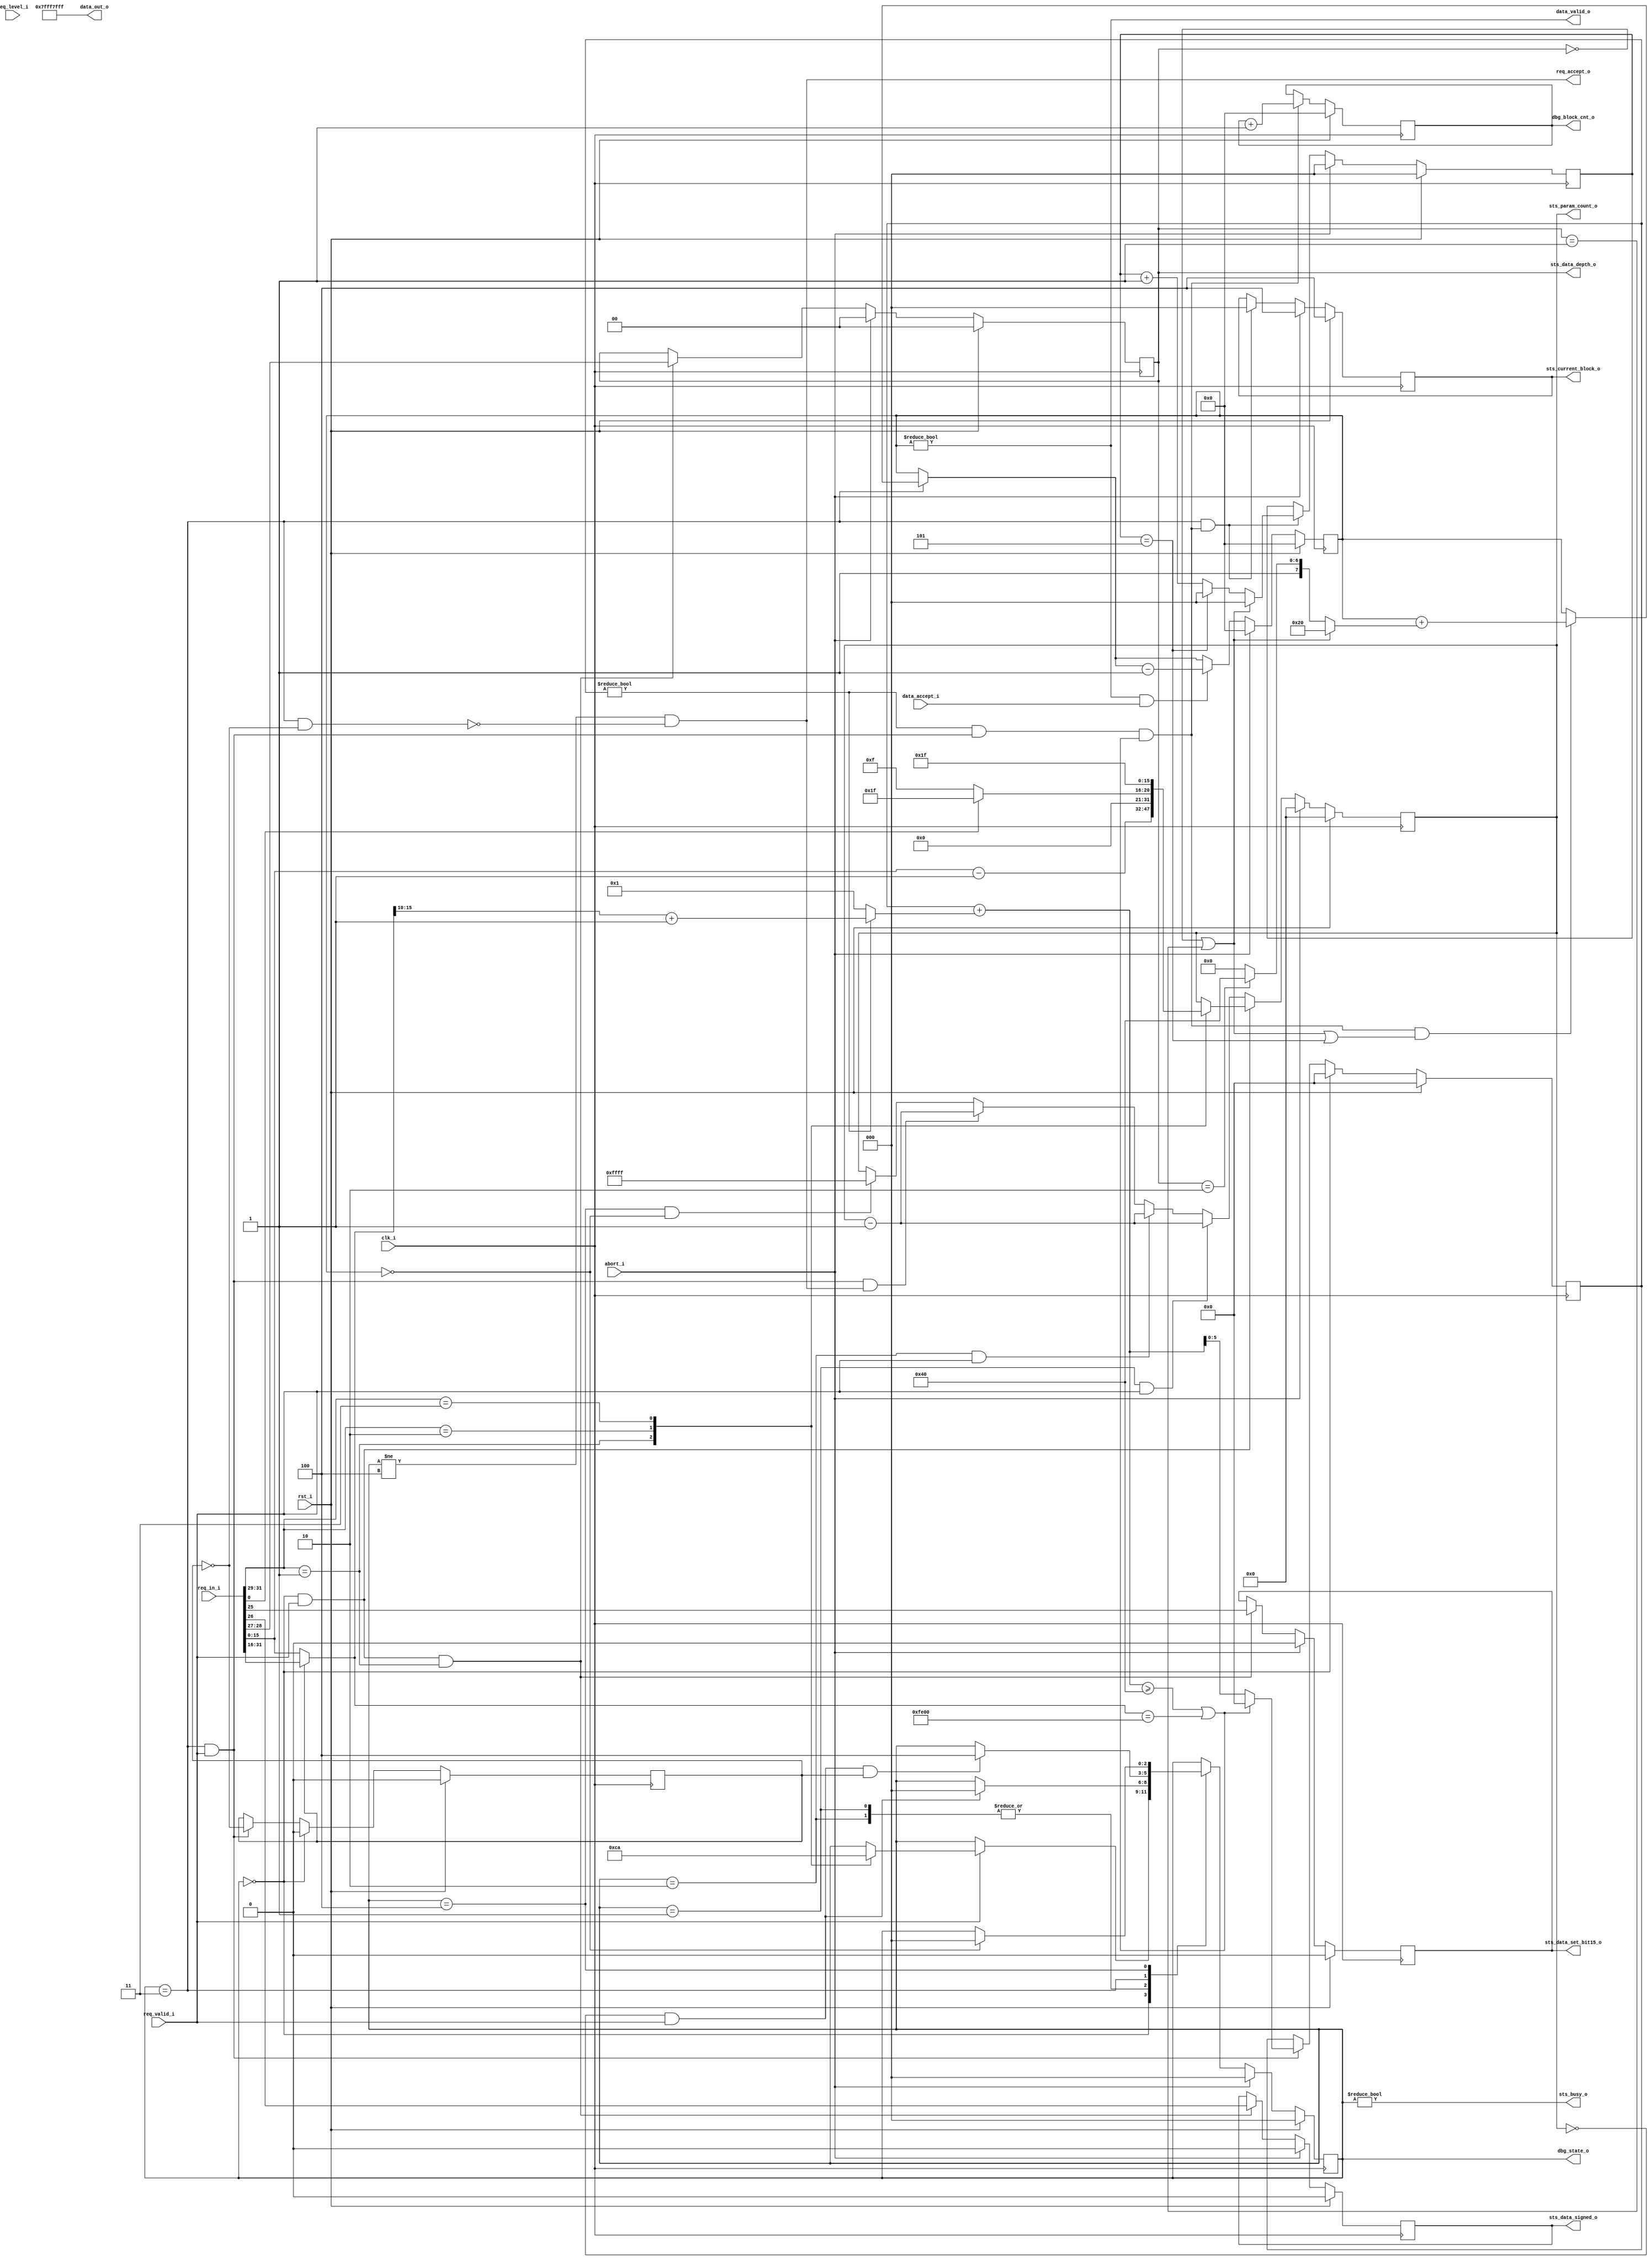
//-----------------------------------------------------------------
// Copyright (c) 2021, admin@ultra-embedded.com
// All rights reserved.
// 
// Redistribution and use in source and binary forms, with or without
// modification, are permitted provided that the following conditions 
// are met:
//   - Redistributions of source code must retain the above copyright
//     notice, this list of conditions and the following disclaimer.
//   - Redistributions in binary form must reproduce the above copyright
//     notice, this list of conditions and the following disclaimer 
//     in the documentation and/or other materials provided with the 
//     distribution.
//   - Neither the name of the author nor the names of its contributors 
//     may be used to endorse or promote products derived from this 
//     software without specific prior written permission.
// 
// THIS SOFTWARE IS PROVIDED BY THE COPYRIGHT HOLDERS AND CONTRIBUTORS 
// "AS IS" AND ANY EXPRESS OR IMPLIED WARRANTIES, INCLUDING, BUT NOT 
// LIMITED TO, THE IMPLIED WARRANTIES OF MERCHANTABILITY AND FITNESS FOR 
// A PARTICULAR PURPOSE ARE DISCLAIMED. IN NO EVENT SHALL THE AUTHOR BE 
// LIABLE FOR ANY DIRECT, INDIRECT, INCIDENTAL, SPECIAL, EXEMPLARY, OR 
// CONSEQUENTIAL DAMAGES (INCLUDING, BUT NOT LIMITED TO, PROCUREMENT OF 
// SUBSTITUTE GOODS OR SERVICES; LOSS OF USE, DATA, OR PROFITS; OR 
// BUSINESS INTERRUPTION) HOWEVER CAUSED AND ON ANY THEORY OF 
// LIABILITY, WHETHER IN CONTRACT, STRICT LIABILITY, OR TORT
// (INCLUDING NEGLIGENCE OR OTHERWISE) ARISING IN ANY WAY OUT OF 
// THE USE OF THIS SOFTWARE, EVEN IF ADVISED OF THE POSSIBILITY OF 
// SUCH DAMAGE.
//-----------------------------------------------------------------
module mdec_core
(
     input               clk_i
    ,input               rst_i

    // Abort request
    ,input               abort_i

    // Command / Param input
    ,input               req_valid_i
    ,input [31:0]        req_in_i
    ,output              req_accept_o
    ,input [5:0]         req_level_i

    // Decoded data output
    ,output              data_valid_o
    ,output [31:0]       data_out_o
    ,input               data_accept_i

    // Status
    ,output [15:0]       sts_param_count_o
    ,output [2:0]        sts_current_block_o
    ,output              sts_data_set_bit15_o
    ,output              sts_data_signed_o
    ,output [1:0]        sts_data_depth_o
    ,output              sts_busy_o

    // Debug
    ,output [2:0]        dbg_state_o
    ,output [31:0]       dbg_block_cnt_o
);

localparam CMD_NONE          = 3'd0;
localparam CMD_DECODE        = 3'd1;
localparam CMD_SET_DQT       = 3'd2;
localparam CMD_SET_IDCT      = 3'd3;

localparam MODE_4BIT         = 2'd0;
localparam MODE_8BIT         = 2'd1;
localparam MODE_24BIT        = 2'd2;
localparam MODE_15BIT        = 2'd3;

localparam STATE_W           = 3;
localparam STATE_IDLE        = 3'd0;
localparam STATE_SET_DQT     = 3'd1;
localparam STATE_SET_IDCT    = 3'd2;
localparam STATE_DECODE      = 3'd3;
localparam STATE_DRAIN       = 3'd4;

reg [STATE_W-1:0] state_q;
reg [31:0]        output_count_q;

//-----------------------------------------------------------------
// Decode mode
//-----------------------------------------------------------------
reg [1:0] mode_depth_q;

always @ (posedge clk_i )
if (rst_i)
    mode_depth_q <= 2'b0;
else if (abort_i)
    mode_depth_q <= 2'b0;
else if (state_q == STATE_IDLE && req_valid_i && req_in_i[31:29] == CMD_DECODE)
    mode_depth_q <= req_in_i[28:27];

reg mode_signed_q;

always @ (posedge clk_i )
if (rst_i)
    mode_signed_q <= 1'b0;
else if (abort_i)
    mode_signed_q <= 1'b0;
else if (state_q == STATE_IDLE && req_valid_i && req_in_i[31:29] == CMD_DECODE)
    mode_signed_q <= req_in_i[26];

reg mode_bit15_q;

always @ (posedge clk_i )
if (rst_i)
    mode_bit15_q <= 1'b0;
else if (abort_i)
    mode_bit15_q <= 1'b0;
else if (state_q == STATE_IDLE && req_valid_i && req_in_i[31:29] == CMD_DECODE)
    mode_bit15_q <= req_in_i[25];

assign sts_data_depth_o     = mode_depth_q;
assign sts_data_signed_o    = mode_signed_q;
assign sts_data_set_bit15_o = mode_bit15_q;

//-----------------------------------------------------------------
// Param counter
//-----------------------------------------------------------------
reg [15:0] param_count_q;

always @ (posedge clk_i )
if (rst_i)
    param_count_q <= 16'b0;
else if (abort_i)
begin
`ifdef verilator
    if (state_q != STATE_IDLE)
        $display("MDEC: Aborted transfer");
`endif
    param_count_q <= 16'b0;
end
else if (state_q == STATE_IDLE && req_valid_i)
begin
    case (req_in_i[31:29])
    CMD_DECODE:
    begin
`ifdef verilator
        $display("MDEC: Decode start 0x%x", req_in_i[15:0]);
`endif
        param_count_q <= req_in_i[15:0] - 16'd1;
    end
    CMD_SET_DQT:
    begin
`ifdef verilator
        $display("MDEC: Set DQT");
`endif
        // Mono
        if (!req_in_i[0])
            param_count_q <= 16'd15; // 64 / 4
        // Colour
        else
            param_count_q <= 16'd31; // 128 / 4
    end
    CMD_SET_IDCT:
    begin
`ifdef verilator
        $display("MDEC: Set IDCT");
`endif
        param_count_q <= 16'd31; // 64 / 2
    end
    default:
        ;
    endcase
end
else if (state_q == STATE_SET_DQT && req_valid_i)
    param_count_q <= param_count_q - 16'd1;
else if (state_q == STATE_SET_IDCT && req_valid_i)
    param_count_q <= param_count_q - 16'd1;
else if (state_q == STATE_DECODE && req_valid_i && req_accept_o)
    param_count_q <= param_count_q - 16'd1;
else if (state_q == STATE_DRAIN && output_count_q == 32'd0)
begin
    param_count_q <= 16'hFFFF;
`ifdef verilator
    $display("MDEC: Transfer completed");
`endif
end

//-----------------------------------------------------------------
// Unroll
//-----------------------------------------------------------------
reg half_sel_q;

always @ (posedge clk_i )
if (rst_i)
    half_sel_q <= 1'b0;
else if (state_q == STATE_IDLE)
    half_sel_q <= 1'b0;
else if ((state_q == STATE_DECODE) && req_valid_i)
    half_sel_q <= ~half_sel_q;

wire        data_valid_w = (state_q == STATE_DECODE) && req_valid_i;
wire [15:0] data_in_w    = half_sel_q ? req_in_i[31:16] : req_in_i[15:0];

//-----------------------------------------------------------------
// RLE decoder
//-----------------------------------------------------------------
reg [5:0]  entries_q;
wire       is_ac_w        = (entries_q != 6'd0);
wire [6:0] inc_len_w      = is_ac_w ? ({1'b0, data_in_w[15:10]} + 7'd1) : 7'd1;
wire [6:0] entries_next_w = {1'b0, entries_q} + inc_len_w;

always @ (posedge clk_i )
if (rst_i)
    entries_q <= 6'b0;
else if (state_q == STATE_IDLE)
    entries_q <= 6'b0;
else if (data_valid_w)
begin
    if (entries_next_w >= 7'd64 || data_in_w == 16'hFE00)
        entries_q <= 6'b0;
    else
        entries_q <= entries_next_w[5:0];
end

wire eob_detect_w = (entries_q != 6'b0) && data_valid_w && (entries_next_w >= 7'd64 || data_in_w == 16'hFE00);

reg [2:0]  block_idx_q;
reg [31:0] output_count_r;

wire [31:0] output_size_w = (mode_depth_q == MODE_4BIT || mode_depth_q == MODE_8BIT) ? 32'd32 :
                            (mode_depth_q == MODE_24BIT) ? 32'd192 : 32'd128; // div 4 for words

wire last_subblock_w = (mode_depth_q == MODE_4BIT || mode_depth_q == MODE_8BIT || block_idx_q == 3'd5);

always @ *
begin
    output_count_r = output_count_q;

    if (state_q == STATE_DECODE)
    begin
        if (eob_detect_w && last_subblock_w)
            output_count_r = output_count_r + output_size_w;
    end
    
    if (data_valid_o && data_accept_i)
        output_count_r = output_count_r - 32'd1;
end

always @ (posedge clk_i )
if (rst_i)
    output_count_q <= 32'b0;
else if (abort_i)
    output_count_q <= 32'b0;
else
    output_count_q <= output_count_r;

reg [31:0] dbg_block_count_q;

always @ (posedge clk_i )
if (rst_i)
    dbg_block_count_q <= 32'b0;
else if (eob_detect_w)
    dbg_block_count_q <= dbg_block_count_q + 32'd1;

assign dbg_block_cnt_o = dbg_block_count_q;

//-----------------------------------------------------------------
// State machine
//-----------------------------------------------------------------
reg [STATE_W-1:0] next_state_r;

always @ *
begin
    next_state_r = state_q;

    case (state_q)
    STATE_IDLE:
    begin
        if (req_valid_i)
        begin
            case (req_in_i[31:29])
            CMD_DECODE:   next_state_r = STATE_DECODE;
            CMD_SET_DQT:  next_state_r = STATE_SET_DQT;
            CMD_SET_IDCT: next_state_r = STATE_SET_IDCT;
            default:
                ;
            endcase
        end
    end
    STATE_SET_DQT, STATE_SET_IDCT:
    begin
        if (param_count_q == 16'd0 && req_valid_i)
            next_state_r = STATE_IDLE;
    end
    STATE_DECODE:
    begin
        if (param_count_q == 16'd0 && req_valid_i && half_sel_q)
            next_state_r = STATE_DRAIN;
    end
    STATE_DRAIN:
    begin
        if (output_count_q == 32'd0)
            next_state_r = STATE_IDLE;
    end
    default:
       ;
    endcase

    // Abort request
    if (abort_i)
        next_state_r = STATE_IDLE;
end

// Update state
always @ (posedge clk_i )
if (rst_i)
    state_q <= STATE_IDLE;
else
    state_q <= next_state_r;

assign dbg_state_o = state_q;

//-----------------------------------------------------------------
// Block Index
//-----------------------------------------------------------------
always @ (posedge clk_i )
if (rst_i)
    block_idx_q <= 3'b0;
else if (abort_i)
    block_idx_q <= 3'b0;
else if (state_q == STATE_DECODE && eob_detect_w)
begin
    if (mode_depth_q == MODE_4BIT || mode_depth_q == MODE_8BIT)
        block_idx_q <= 3'b0;
    else if (block_idx_q == 3'd5)
        block_idx_q <= 3'b0;
    else
        block_idx_q <= block_idx_q + 3'd1;
end

//-----------------------------------------------------------------
// Current block
//-----------------------------------------------------------------
reg [2:0] current_block_q;

always @ (posedge clk_i )
if (rst_i)
    current_block_q <= 3'd4;
else if (abort_i)
    current_block_q <= 3'd4;
else if (state_q == STATE_DECODE && eob_detect_w)
    current_block_q <= 3'd0;

//-----------------------------------------------------------------
// Status
//-----------------------------------------------------------------
assign sts_busy_o          = (state_q != STATE_IDLE);
assign sts_param_count_o   = param_count_q;
assign req_accept_o        = (state_q != STATE_DRAIN) && !((state_q == STATE_DECODE) && ~half_sel_q);

// TODO: This might work if the output image size is known and the DMA is setup to sink it.
assign data_valid_o        = (output_count_q != 32'b0);
assign data_out_o          = 32'h7FFF7FFF;
assign sts_current_block_o = current_block_q;

endmodule